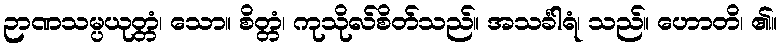
ဉာဏသမ္ပယုတ္တံ၊ သော။ စိတ္တံ၊ ကုသိုလ်စိတ်သည်။ အသင်္ခါရံ၊ သည်။ ဟောတိ၊ ၏။